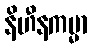
နိဟီနကမ္မာ